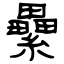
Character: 纍